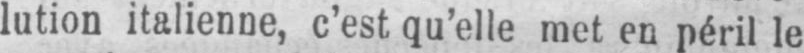
lution italienne, c’est qu’elle met en péril le